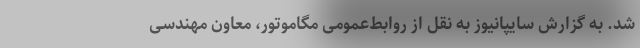
شد. به گزارش سایپانیوز به نقل از روابط‌عمومی مگاموتور، معاون مهندسی